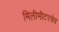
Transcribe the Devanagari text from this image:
मिलीमीटरवेव